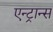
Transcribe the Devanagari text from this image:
एन्ट्रान्स